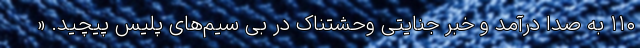
۱۱۰ به صدا درآمد و خبر جنایتی وحشتناک در بی سیم‌های پلیس پیچید. «